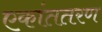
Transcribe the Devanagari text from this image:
एकांततरण